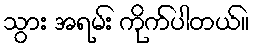
သွား အရမ်း ကိုက်ပါတယ်။